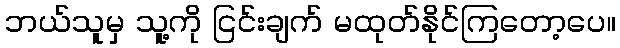
ဘယ်သူမှ သူ့ကို ငြင်းချက် မထုတ်နိုင်ကြတော့ပေ။